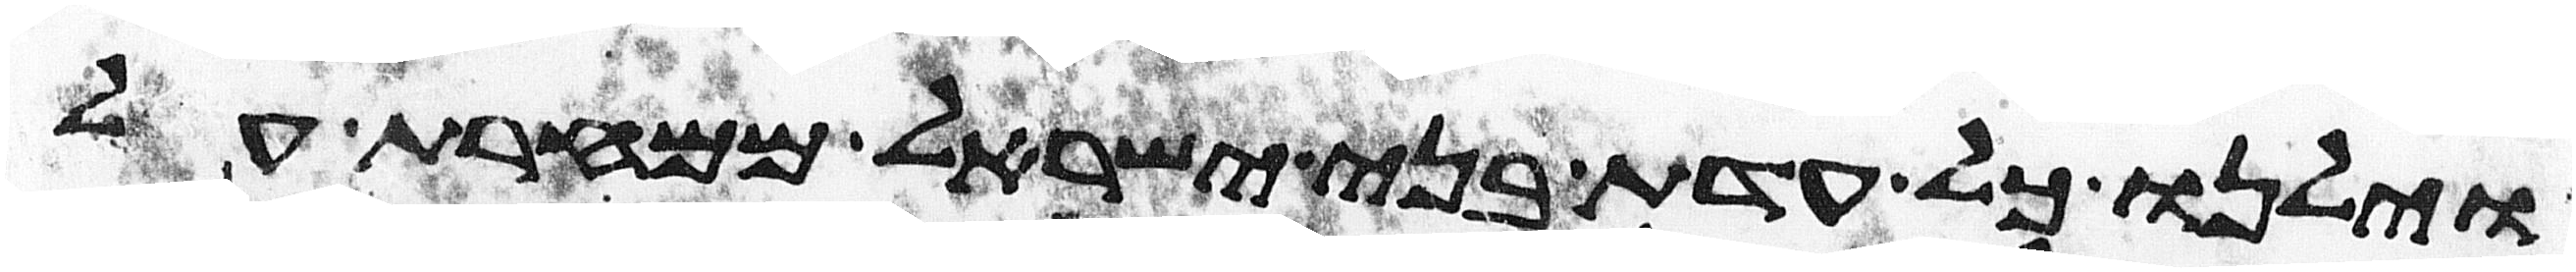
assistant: וילנו כל עדת בני ישראל ממחרת על